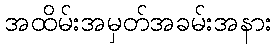
အထိမ်းအမှတ်အခမ်းအနား